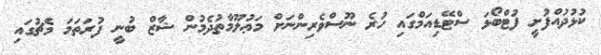
ކުޅުދުއްފުށީ ފުޓްބޯޅަ ސްޓޭޑިއަމްގައި ހުރެ ނޫސްވެރިންނަށް މަޢުލޫމާތުުދެމުން ޝާޒް ބުނީ ފުރަތަމަ މެޗުގައި